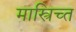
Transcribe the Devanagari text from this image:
मास्त्रिच्त